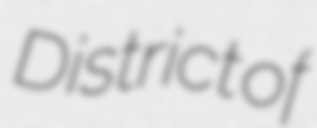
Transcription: District of